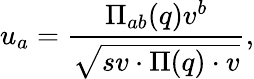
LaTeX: u_{a}=\frac{\Pi_{ab}(q)v^{b}}{\sqrt{sv\cdot\Pi(q)\cdot v}},